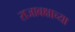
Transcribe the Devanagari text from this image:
राजाबक्षाच्या